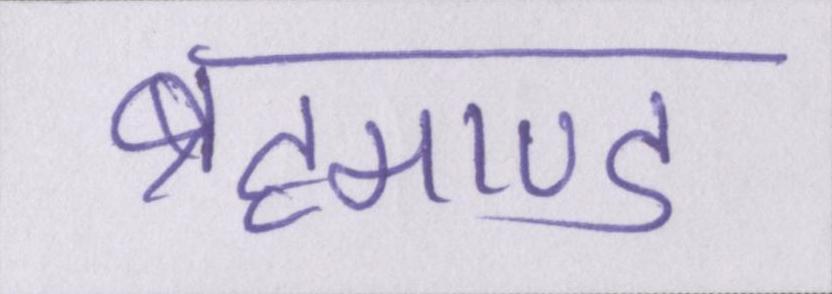
ब्रह्माण्ड